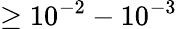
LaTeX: \geq 10^{-2}-10^{-3}